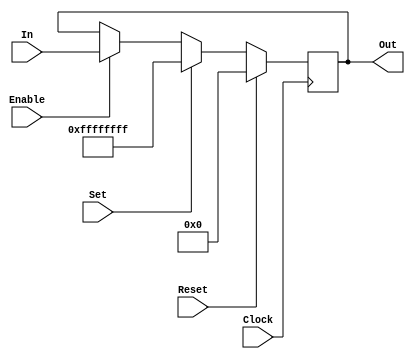
//-----------------------------------------------------------------------
//	Version:	$Revision: 1.3 $
//	Desc:		Register
//	Copyright:	Copyright 2003 UC Berkeley
//	This copyright header must appear in all derivative works.
//-----------------------------------------------------------------------

//-----------------------------------------------------------------------
//	Section:	Change Log
//-----------------------------------------------------------------------
//	$Log: Register.V,v $
//	Revision 1.3  2004/07/30 21:15:21  Administrator
//	Reformatted
//	
//	Revision 1.2  2004/06/17 18:59:57  Administrator
//	Added Proper Headers
//	Updated Parameters and Constants
//	General Housekeeping
//	
//-----------------------------------------------------------------------

//-----------------------------------------------------------------------
//	Module:		Register
//	Desc:		If you don't know, I can't help you.
//-----------------------------------------------------------------------
module Register(Clock, Reset, Set, Enable, In, Out);
	//---------------------------------------------------------------
	//	Parameters
	//---------------------------------------------------------------
	parameter		width = 		32;
	//---------------------------------------------------------------

	//---------------------------------------------------------------
	//	Declarations
	//---------------------------------------------------------------
	input			Clock, Enable, Reset, Set;
	input	[width-1:0]	In;
	output	[width-1:0]	Out;
	reg	[width-1:0]	Out;
	//---------------------------------------------------------------

	//---------------------------------------------------------------
	//	Behavioural Register
	//---------------------------------------------------------------
	always @ (posedge Clock) begin
		if (Reset) Out <=			{width{1'b0}};
		else if (Set) Out <=			{width{1'b1}};
		else if (Enable) Out <=			In;
	end
	//---------------------------------------------------------------
endmodule
//-----------------------------------------------------------------------